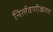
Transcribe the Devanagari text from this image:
निर्लवणीकरण